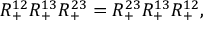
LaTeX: R _ { + } ^ { 1 2 } R _ { + } ^ { 1 3 } R _ { + } ^ { 2 3 } = R _ { + } ^ { 2 3 } R _ { + } ^ { 1 3 } R _ { + } ^ { 1 2 } ,